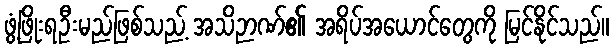
ဖွံ့ဖြိုးရဦးမည်ဖြစ်သည့် အသိဉာဏ်၏ အရိပ်အယောင်တွေကို မြင်နိုင်သည်။